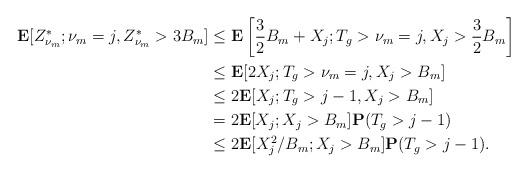
LaTeX: \begin{align*} \mathbf{E}[Z^*_{\nu_m};\nu_m=j,Z^*_{\nu_m}>3B_m]&\le \mathbf{E}\left[\frac{3}{2}B_m+X_{j};T_g>\nu_m=j, X_{j}>\frac{3}{2}B_m\right]\\&\le \mathbf{E}[2 X_{j};T_g>\nu_m=j, X_{j}>B_m]\\&\le 2\mathbf{E}[ X_{j};T_g>j-1, X_{j}>B_m]\\&=2\mathbf{E}[ X_{j}; X_{j}>B_m]\mathbf{P}(T_g>j-1)\\&\le2\mathbf{E}[ X_{j}^2/B_m; X_{j}>B_m]\mathbf{P}(T_g>j-1).\end{align*}